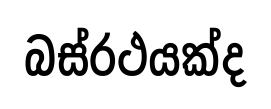
බස්රථයක්ද